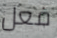
فعل